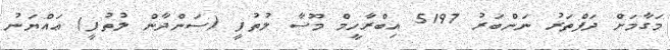
މަގާމަށް ދަފްތަރު ނަންބަރު 5197 އިބްރާހީމް މޫސާ ލުތުފީ (ސަންދާން ލުތުފީ) ޢައްޔަނު